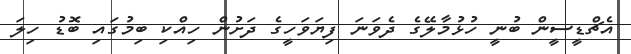
އެޗްޑީސީން ބުނީ ހުޅުމާލޭގެ ދެވަނަ ފިޔަވަހީގެ ދަށުން ހިއްކި ބިމުގައި ބޮޑު ހިލަ